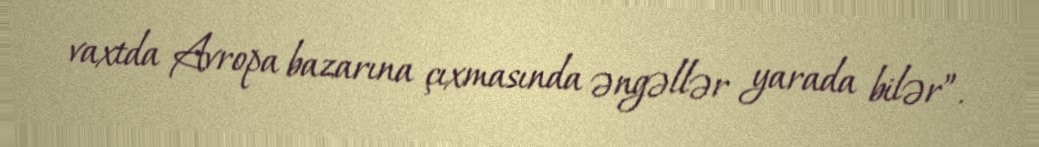
vaxtda Avropa bazarına çıxmasında əngəllər yarada bilər”.